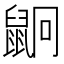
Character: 𪕍